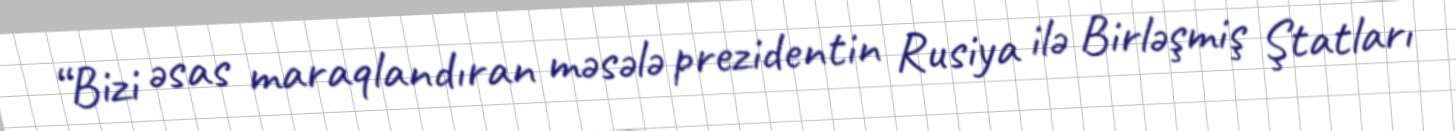
“Bizi əsas maraqlandıran məsələ prezidentin Rusiya ilə Birləşmiş Ştatları